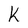
Character: K